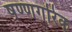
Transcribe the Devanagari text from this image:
षण्णगरिक